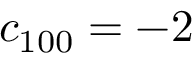
c _ { 1 0 0 } = - 2